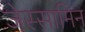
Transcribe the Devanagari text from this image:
जेस्सामिन